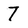
Character: 7